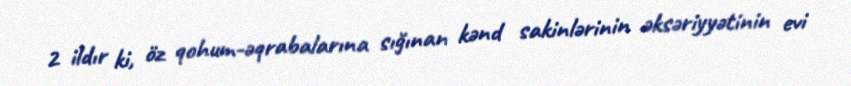
2 ildır ki, öz qohum-əqrabalarına sığınan kənd sakinlərinin əksəriyyətinin evi